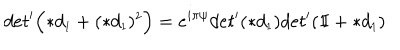
d e t ^ { \prime } \Bigl ( \ast d _ { \scriptscriptstyle 1 } + ( \ast d _ { \scriptscriptstyle 1 } ) ^ { \scriptscriptstyle 2 } \Bigr ) = e ^ { i \pi \psi } d e t ^ { \prime } ( \ast d _ { \scriptscriptstyle 1 } ) d e t ^ { \prime } ( \mathrm { 1 \ m k e r n - 5 m u I } + \ast d _ { \scriptscriptstyle 1 } )